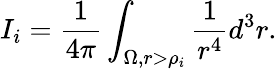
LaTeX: I_{i}=\frac{1}{4\pi}\int_{\Omega,r>\rho_{i}}\frac{1}{r^{4}}d^{3}r.